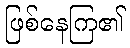
ဖြစ်နေကြ၏